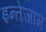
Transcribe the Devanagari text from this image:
इन्तेजाम